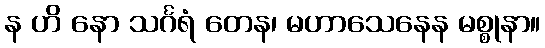
န ဟိ နော သင်္ဂရံ တေန၊ မဟာသေနေန မစ္စုနာ။